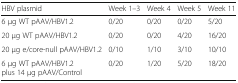
<table><thead><tr><td><b>HBV plasmid</b></td><td><b>Week 1–3</b></td><td><b>Week 4</b></td><td><b>Week 5</b></td><td><b>Week 11</b></td></tr></thead><tbody><tr><td>6 μg WT pAAV/HBV1.2</td><td>0/20</td><td>0/20</td><td>0/20</td><td>5/20</td></tr><tr><td>20 μg WT pAAV/HBV1.2</td><td>0/20</td><td>0/20</td><td>4/20</td><td>16/20</td></tr><tr><td>20 μg e/core-null pAAV/HBV1.2</td><td>0/10</td><td>1/10</td><td>3/10</td><td>10/10</td></tr><tr><td>6 μg WT pAAV/HBV1.2plus 14 μg pAAV/Control</td><td>0/20</td><td>1/20</td><td>5/20</td><td>18/20</td></tr></tbody></table>